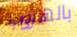
بالهروب